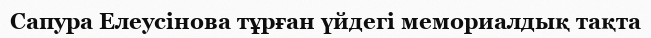
Сапура Елеусінова тұрған үйдегі мемориалдық тақта